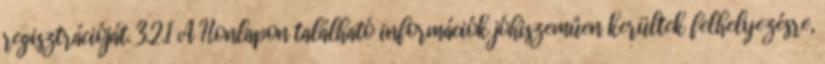
regisztrációját. 3.2.1 A Honlapon található információk jóhiszeműen kerültek felhelyezésre,